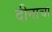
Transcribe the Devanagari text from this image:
दीनाचा